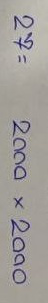
27 = 2000 x 2000